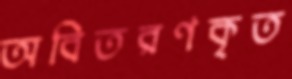
অবিতরণকৃত